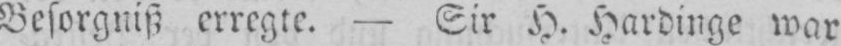
Besorgniß erregte. Sir H. Hardinge war